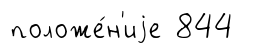
положе́н'иjе 844